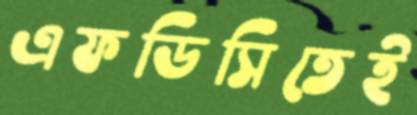
এফডিসিতেই